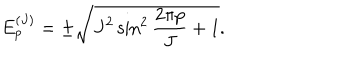
LaTeX: E _ { p } ^ { ( J ) } = \pm \sqrt { J ^ { 2 } \sin ^ { 2 } \frac { 2 \pi p } { J } + 1 } .